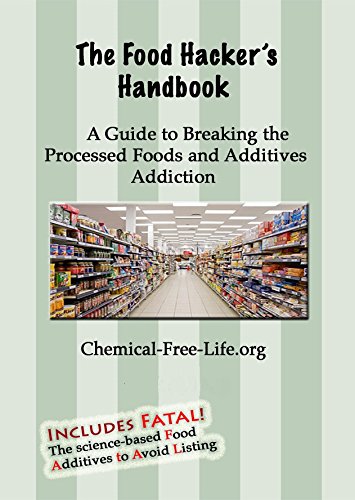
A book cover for The Food Hackers Handbook: A Guide to Breaking the Processed Foods and Additives Addiction; Chemical-Free-Life.org; Health, Fitness & Dieting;